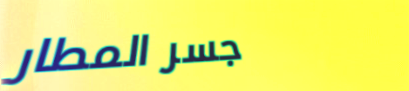
جسر المطار